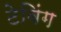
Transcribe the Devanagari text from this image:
टेबिंग